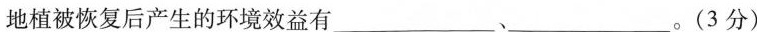
地植被恢复后产生的环境效益有___、___。(3分)